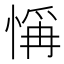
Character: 𢜻